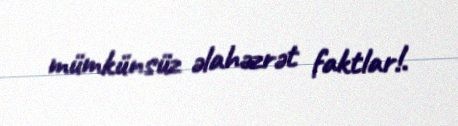
mümkünsüz əlahəzrət faktlar!.